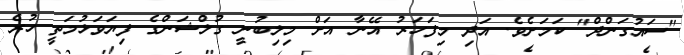
"ސައުގަންދް" ކަމަށެވެ. އަދި މިފަހަރު އޭނާ އަށް މިލިބުނީ ގުލްޝަންގެ ފިޔަވަޅުމަތީ ހުރެ